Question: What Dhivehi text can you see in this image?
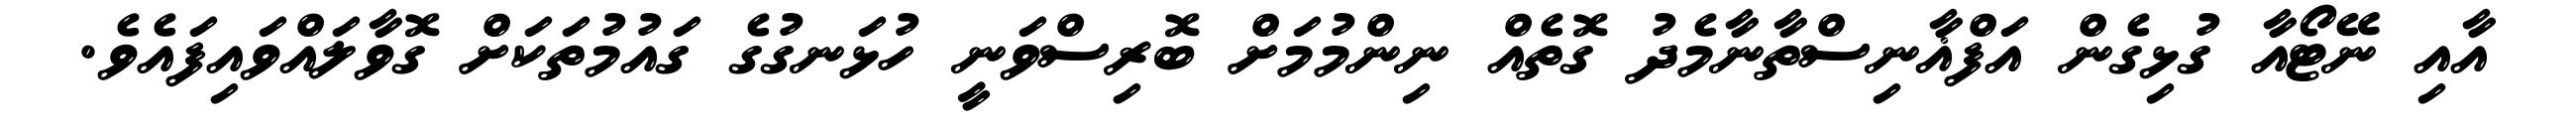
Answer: އާއި ނޭޓޯއާ ގުޅިގެން އަފްޣާނިސްތާނާމެދު ގޮތެއް ނިންމުމަށް ބޮރިސްވަނީ ހުޅަނގުގެ ގައުމުތަކަށް ގޮވާލައްވައިފައެވެ.